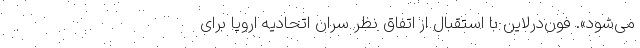
می‌شود». فون‌درلاین با استقبال از اتفاق نظر سران اتحادیه اروپا برای